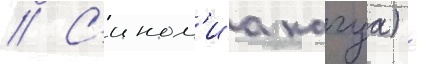
// С'ином'иа кагуа) -